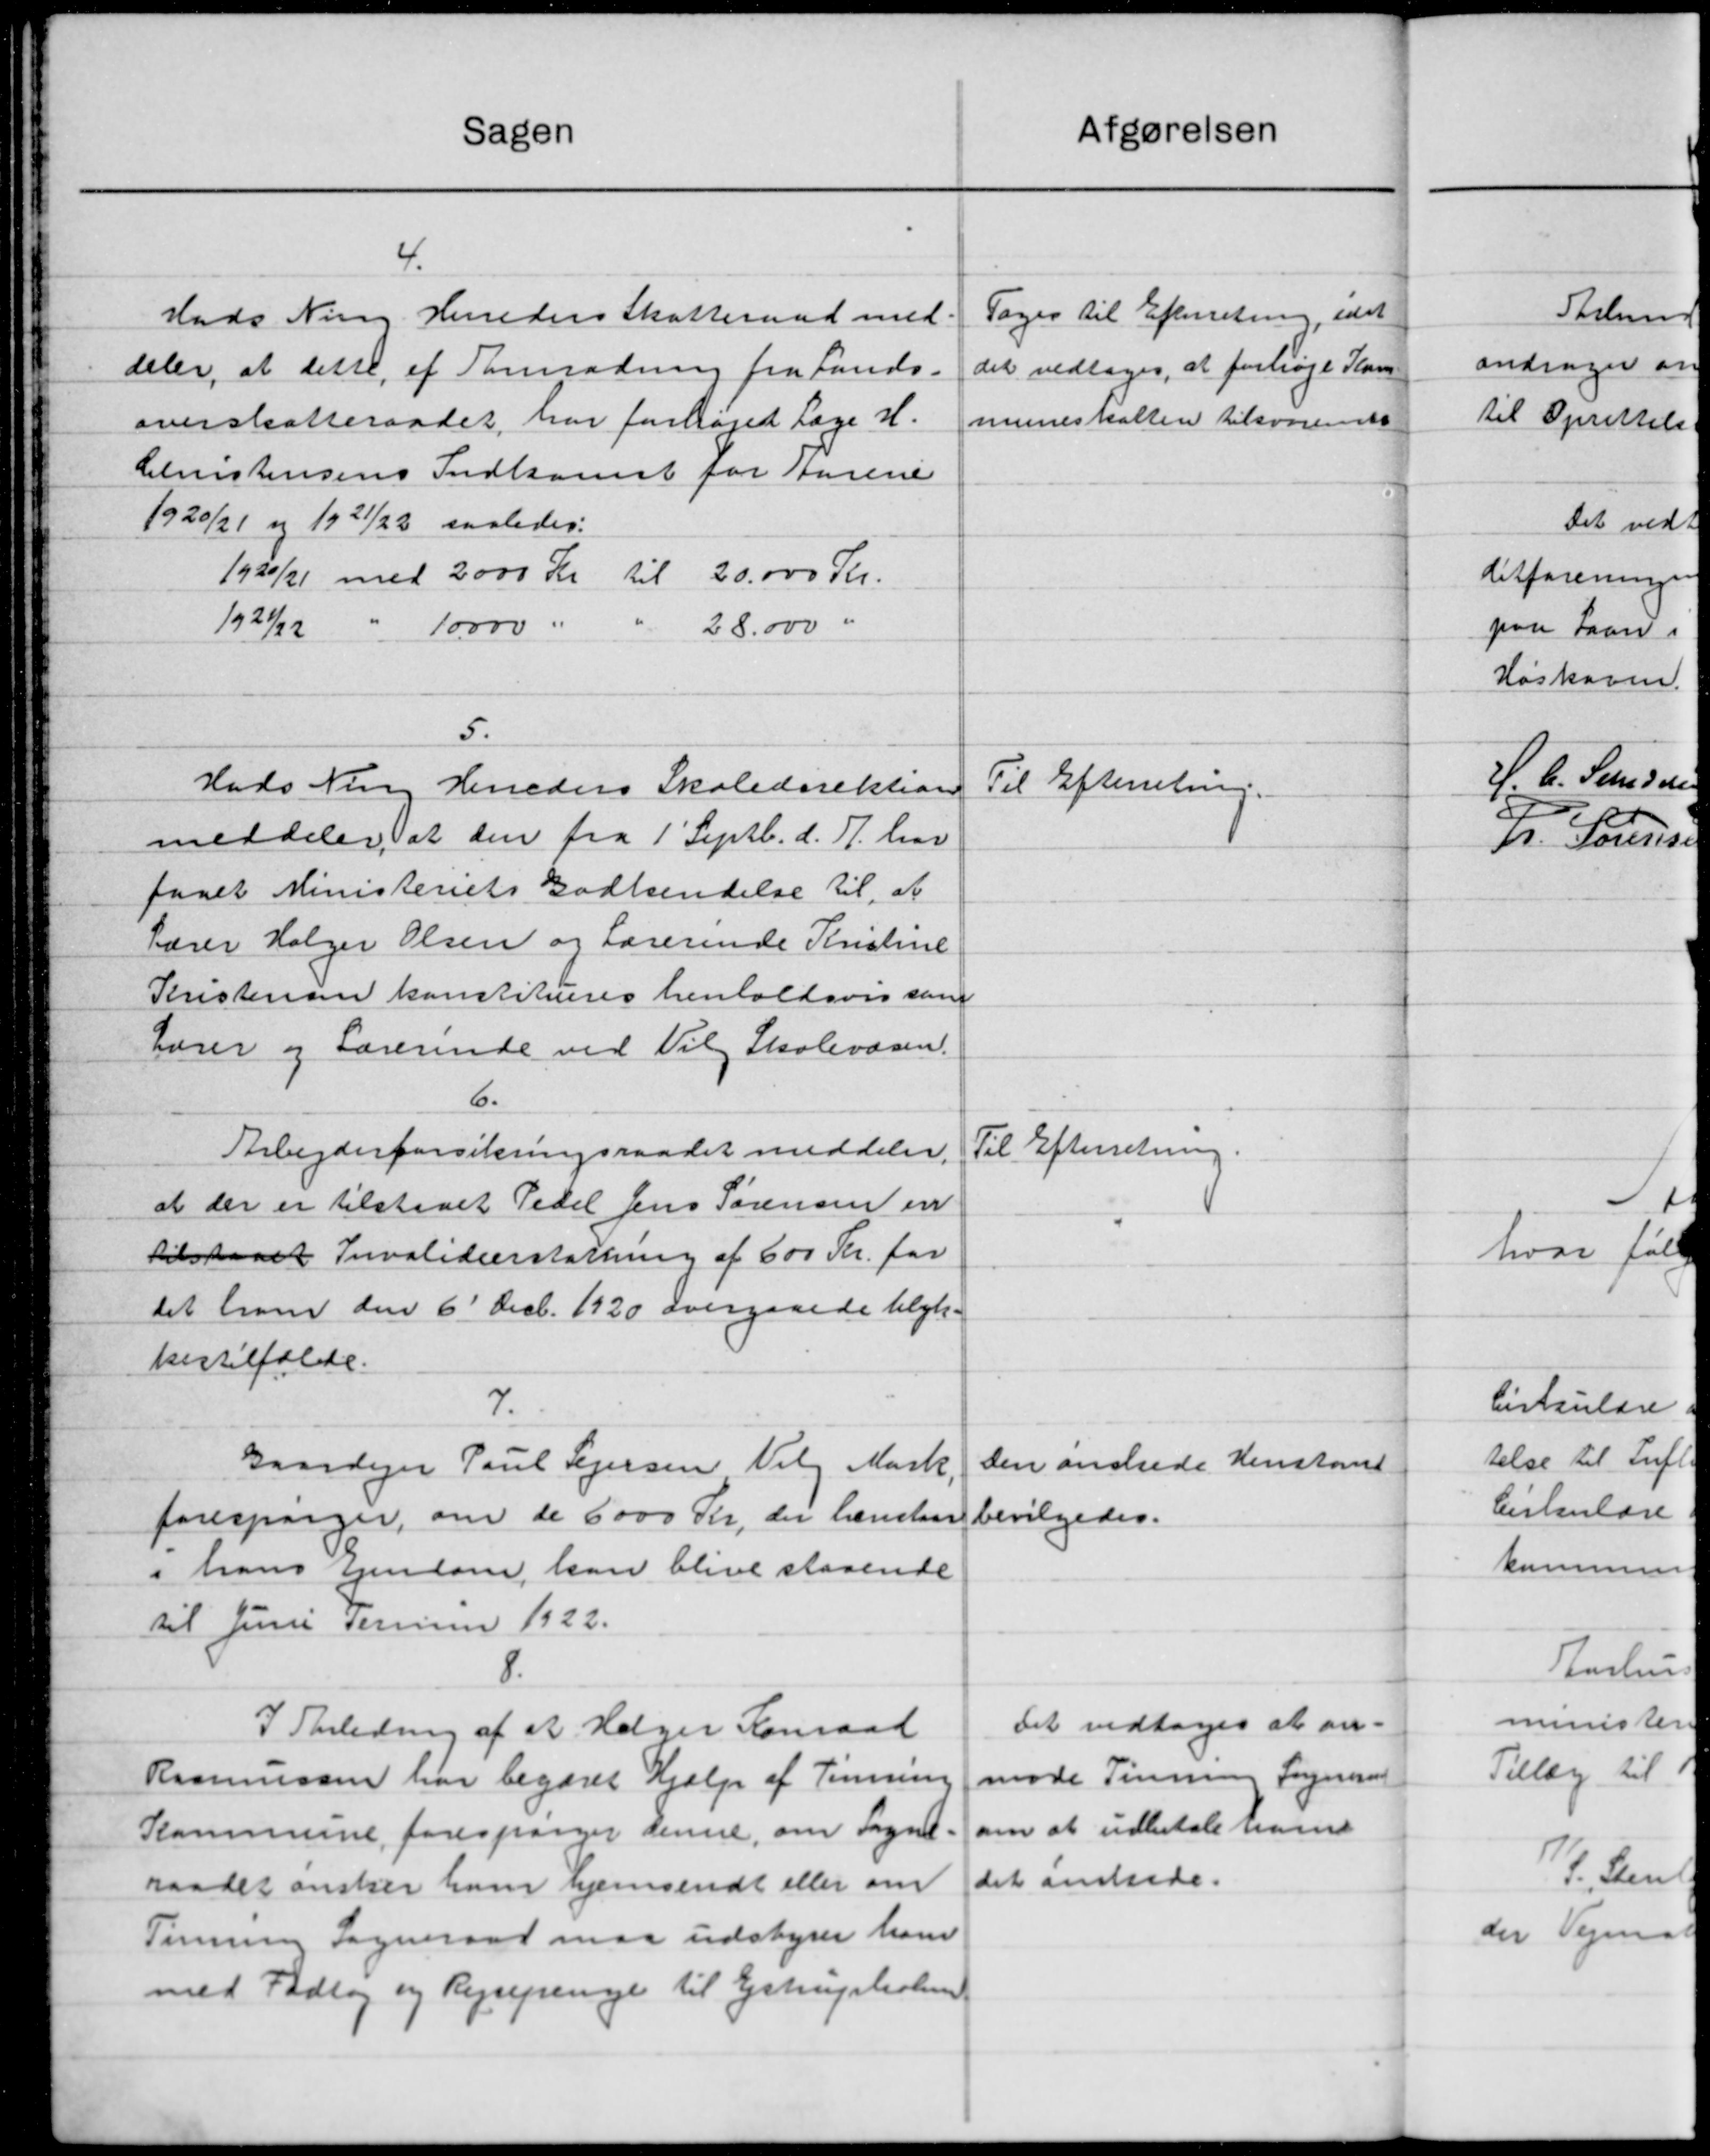
Transskription:
Sagen
Hads Ning Herreders Skatteraad med-
deler, at dette, at anmodning fra Lands-
overskatteraadet, har forhøjet Læge H.
Christensens Indkomst for Karene
1920/21 og 1921/22 saaledes:
1920/21 med 2000 Kr til 20.000 Kr.
10000 "
28.000 "
1921/22 "
5.
Hads Ning Herreders Skoledirektion
meddeler at den fra 1' Septb. d. A. har
faaet Ministeriets Godkendelse til, at
Lærer Holger Olsen og Lærerinde Kristine
Kristensen konstitueres henholdsvis som
Lærer og Lærerinde ved Vil Skolevæsen.
6.
Arbejderforsikringsraadet meddeler.
at der er tilstaaet Pedel Jens Sørensen en
tilstaaet Invaliderstattning af 600 Kr. for
det ham den 6 Decb. 1920 overgaaede Ulyk-
kestilfælde.
7.
Gaardejer Paul Sejersen Valg Mark.
forespørger, om de 6000 Kr., der hensten
i hans Ejendom, kan blive staaende
til Juni serien 1922.
8.
I Skoleding af at Holger Konraad
Rasmussen har begæret Hjælp af Tinning
Kommune forespørger denne, om Sogn.
raadet ønsker ham hjemsendt eller om
Timum Sogneraad maa udstyrer ham
med Fodtøj og Rejsepenge til Estrupholm